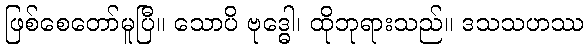
ဖြစ်စေတော်မူပြီ။ သောပိ ဗုဒ္ဓေါ၊ ထိုဘုရားသည်။ ဒသသဟဿ